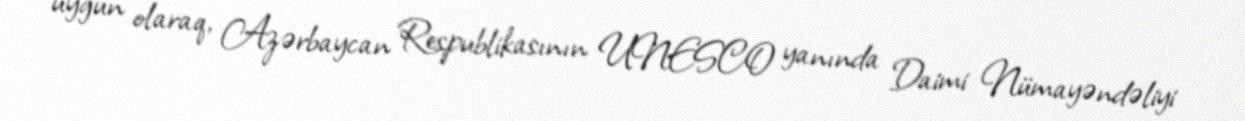
uyğun olaraq, Azərbaycan Respublikasının UNESCO yanında Daimi Nümayəndəliyi